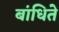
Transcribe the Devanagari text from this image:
बांधिते